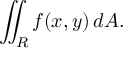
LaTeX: \iint _ { R } f ( x , y ) \, d A .